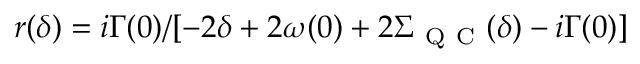
r ( \delta ) = i \Gamma ( 0 ) / [ - 2 \delta + 2 \omega ( 0 ) + 2 \Sigma _ { \mathrm { ~ Q ~ C ~ } } ( \delta ) - i \Gamma ( 0 ) ]